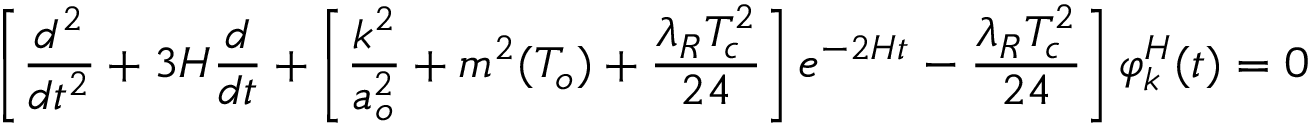
\left[ \frac { d ^ { 2 } } { d t ^ { 2 } } + 3 H \frac { d } { d t } + \left[ \frac { k ^ { 2 } } { a _ { o } ^ { 2 } } + m ^ { 2 } ( T _ { o } ) + \frac { \lambda _ { R } T _ { c } ^ { 2 } } { 2 4 } \right] e ^ { - 2 H t } - \frac { \lambda _ { R } T _ { c } ^ { 2 } } { 2 4 } \right] \varphi _ { k } ^ { H } ( t ) = 0